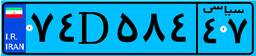
۷۴D۵۸۴۴۷